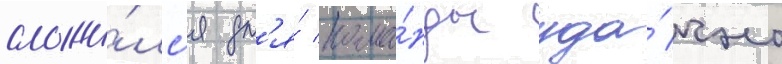
сложи́лс'я дл'я́ кома́нды уда́чно